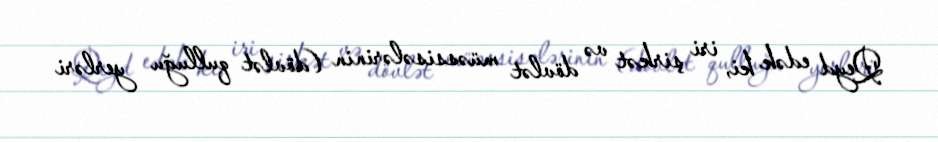
Qeyd edək ki, iri şirkət və dövlət müəssisələrinin (dövlət qulluğu yerləri